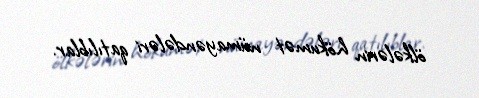
ölkələrin hökumət nümayəndələri qatılıblar.